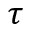
\tau